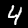
Digit: 4